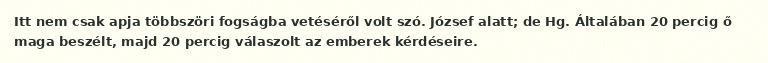
Itt nem csak apja többszöri fogságba vetéséről volt szó. József alatt; de Hg. Általában 20 percig ő maga beszélt, majd 20 percig válaszolt az emberek kérdéseire.